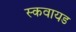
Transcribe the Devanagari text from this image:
स्कवायड